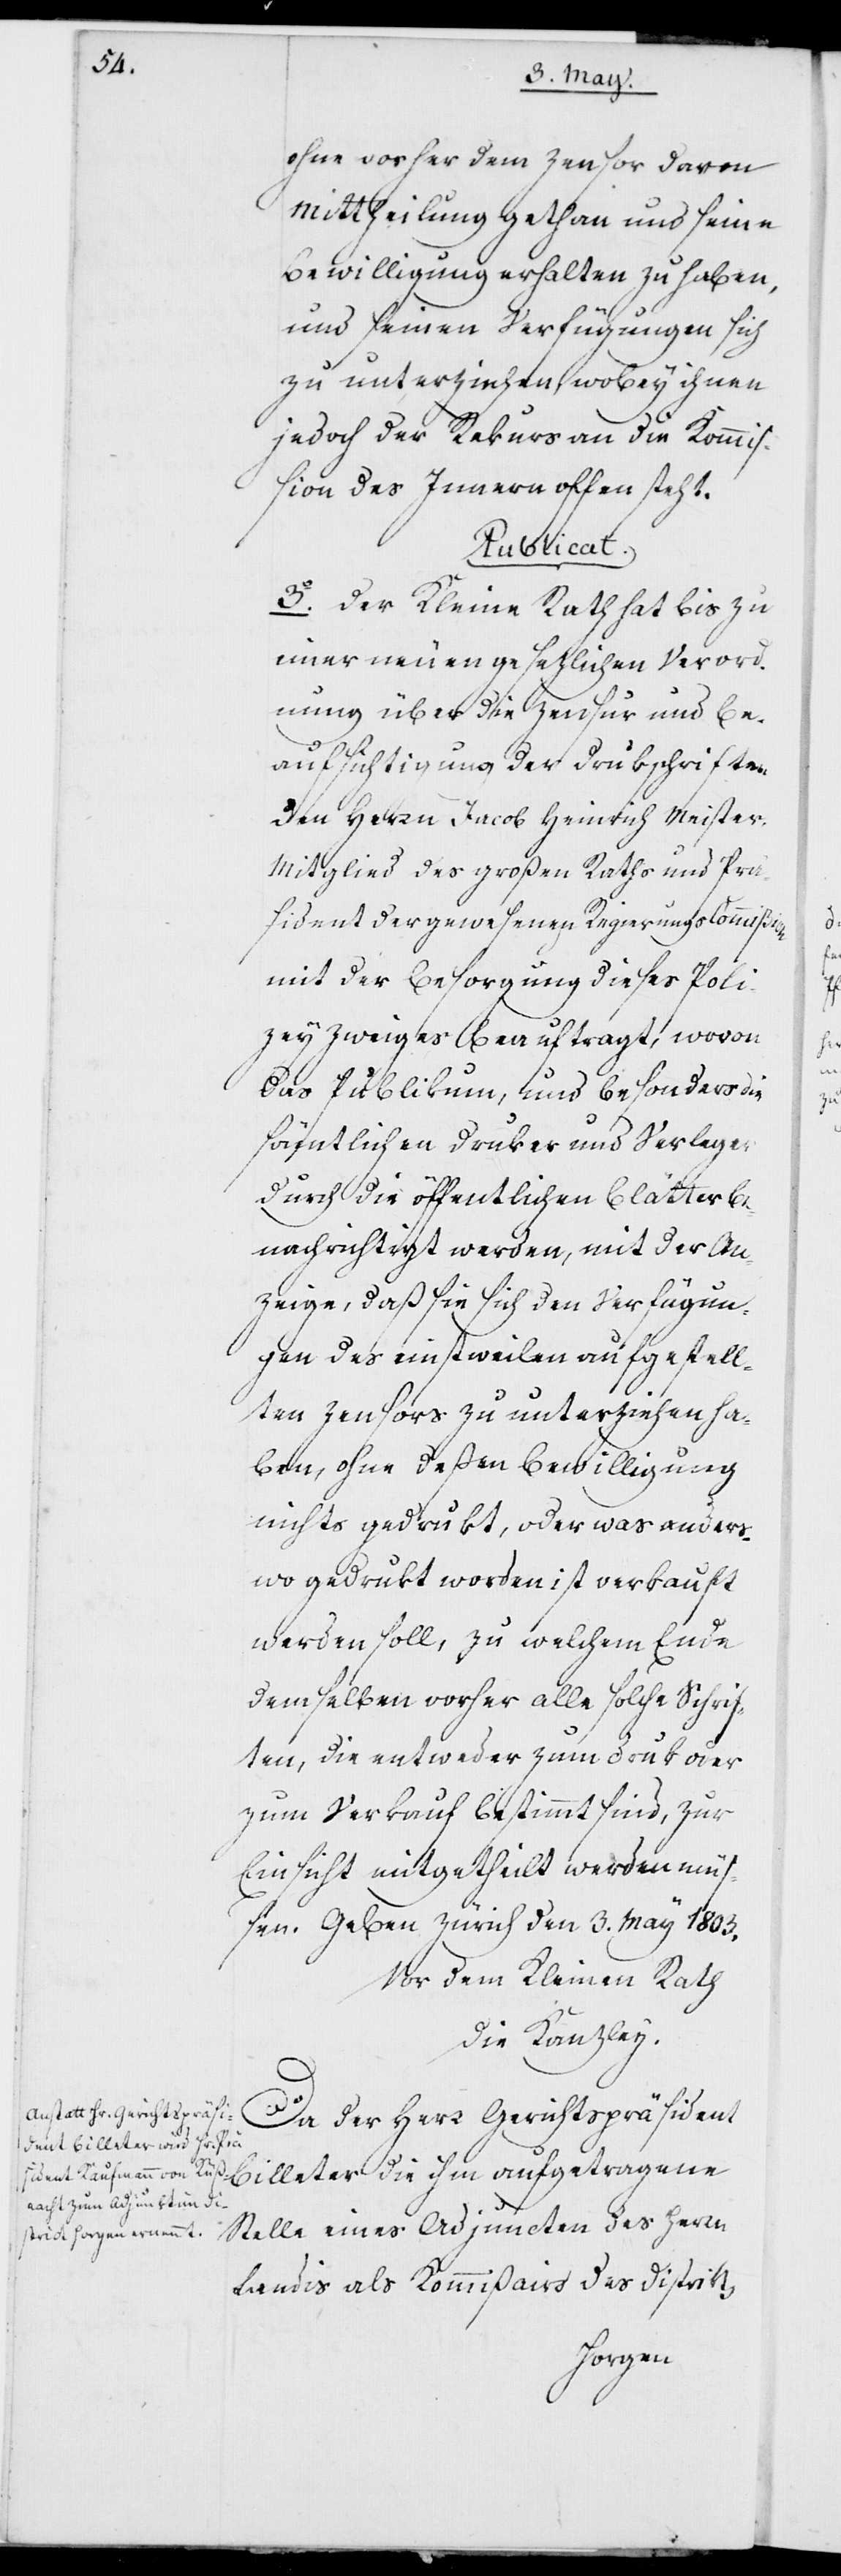
ohne vorher dem Zensor davon
Mittheilung gethan und seine
Bewilligung erhalten zu haben,
und seinen Verfügungen sich
zu unterziehen, wobey ihnen
jedoch der Rekurs an die Kommiß¬
ion des Innern offen steht.
Publicat.
3. Der Kleine Rath hat bis zu
einer neuen gesetzlichen Verord¬
nung über die Zensur und Be¬
aufsichtigung der Drukschriften
den Herrn Jacob Heinrich Meister,
Mitglied des Großen Raths und Prä¬
sident der gewesenen Regierungskommißion
mit der Besorgung dieses Poli¬
zeyzweiges beauftragt, wovon
das Publikum, und besonders die
sämtlichen Druker und Verleger
durch die öffentlichen Blätter be¬
nachrichtigt werden, mit der An¬
zeige, daß sie sich den Verfügun¬
gen des einstweilen aufgestell¬
ten Zensors zu unterziehen ha¬
ben, ohne deßen Bewilligung
nichts gedrukt, oder was anders¬
wo gedrukt worden ist, verkauft
werden soll, zu welchem Ende
demselben vorher alle solche Schrif¬
ten, die entweder zum Druk oder
zum Verkauf bestimmt sind, zur
Einsicht mitgetheilt werden müßen.
Geben Zürich den 3. May 1803.
Vor dem Kleinen Rath
Die Kanzley.
Da der Herr Gerichtspräsident
Billeter die ihm aufgetragene
Stelle eines Adjuncten des Herrn
Landis als Kommißairs des Distrikts